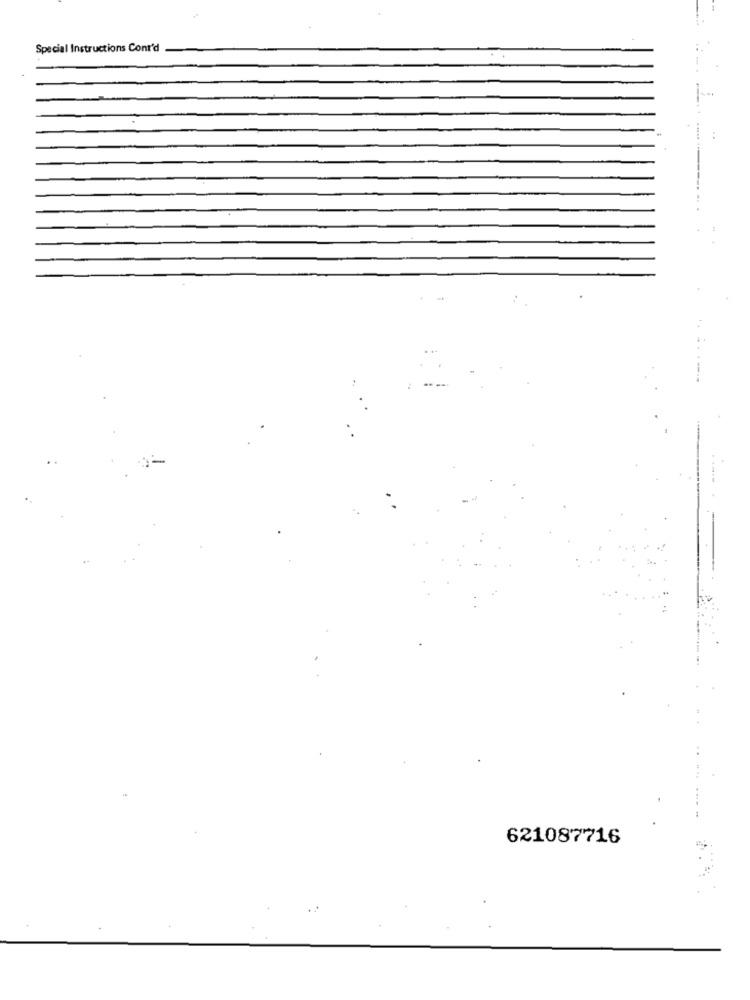
Special Instructions Cont'd
621087716